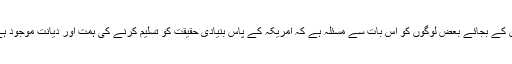
اس کے بجائے بعض لوگوں کو اس بات سے مسئلہ ہے کہ امریکہ کے پاس بنیادی حقیقت کو تسلیم کرنے کی ہمت اور دیانت موجود ہے۔